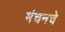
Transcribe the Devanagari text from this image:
मंचनचे